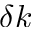
\delta k